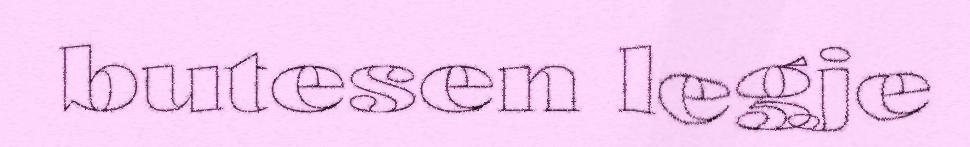
butesen legje